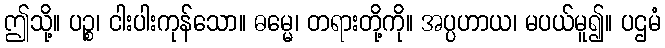
ဤသို့။ ပဉ္စ၊ ငါးပါးကုန်သော။ ဓမ္မေ၊ တရားတို့ကို။ အပ္ပဟာယ၊ မပယ်မူ၍။ ပဌမံ